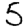
Digit: 5